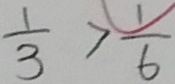
\frac { 1 } { 3 } > \frac { 1 } { 6 }